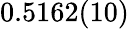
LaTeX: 0.5162(10)